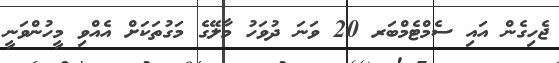
ޖެހިގެން އައި ސެމްޓެމްބަރ 20 ވަނަ ދުވަހު މާލޭގެ މަގުތަކަށް އެއްވި މީހުންވަނީ